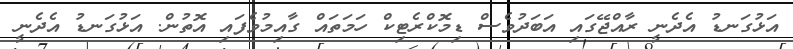
އަޅުގަނޑު އެދެނީ ރާއްޖޭގައި އަބަދުވެސް ޑިމޮކްރެޓިކް ހަމަތައް ގާއިމުވެފައި އޮތުން. އަޅުގަނޑު އެދެނީ